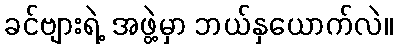
ခင်ဗျားရဲ့ အဖွဲ့မှာ ဘယ်နှယောက်လဲ။